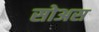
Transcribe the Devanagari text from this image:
सोअस